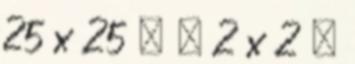
25 x 25 = = 2 x 2 =